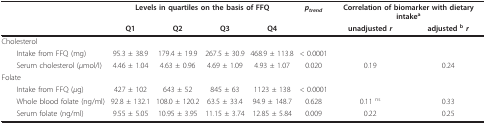
<table><thead><tr><td></td><td colspan="4"><b>Levels in quartiles on the basis of FFQ</b></td><td><b><i>p<sub>trend</sub></i></b></td><td colspan="2"><b>Correlation of biomarker with dietary intake<sup>a</sup></b></td></tr><tr><td></td><td><b>Q1</b></td><td><b>Q2</b></td><td><b>Q3</b></td><td><b>Q4</b></td><td></td><td><b>unadjusted <i>r</i></b></td><td><b>adjusted <sup>b </sup><i>r</i></b></td></tr></thead><tbody><tr><td>Cholesterol</td><td></td><td></td><td></td><td></td><td></td><td></td><td></td></tr><tr><td> Intake from FFQ (mg)</td><td>95.3 ± 38.9</td><td>179.4 ± 19.9</td><td>267.5 ± 30.9</td><td>468.9 ± 113.8</td><td>&lt; 0.0001</td><td></td><td></td></tr><tr><td> Serum cholesterol (<i>μ</i>mol/l)</td><td>4.46 ± 1.04</td><td>4.63 ± 0.96</td><td>4.69 ± 1.09</td><td>4.93 ± 1.07</td><td>0.020</td><td>0.19</td><td>0.24</td></tr><tr><td>Folate</td><td></td><td></td><td></td><td></td><td></td><td></td><td></td></tr><tr><td> Intake from FFQ (<i>μ</i>g)</td><td>427 ± 102</td><td>643 ± 52</td><td>845 ± 63</td><td>1123 ± 138</td><td>&lt; 0.0001</td><td></td><td></td></tr><tr><td> Whole blood folate (ng/ml)</td><td>92.8 ± 132.1</td><td>108.0 ± 120.2</td><td>63.5 ± 33.4</td><td>94.9 ± 148.7</td><td>0.628</td><td>0.11 <sup>ns</sup></td><td>0.33</td></tr><tr><td> Serum folate (ng/ml)</td><td>9.55 ± 5.05</td><td>10.95 ± 3.95</td><td>11.15 ± 3.74</td><td>12.85 ± 5.84</td><td>0.009</td><td>0.22</td><td>0.25</td></tr></tbody></table>